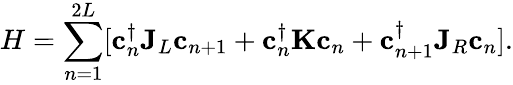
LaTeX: H=\sum_{n=1}^{2L}[\mathbf{c}_{n}^{\dagger}\mathbf{J}_{L}\mathbf{c}_{n+1}+\mathbf{c}_{n}^{\dagger}\mathbf{K}\mathbf{c}_{n}+\mathbf{c}_{n+1}^{\dagger}\mathbf{J}_{R}\mathbf{c}_{n}].